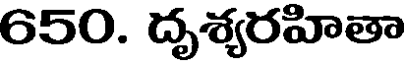
650. దృశ్యరహితా